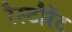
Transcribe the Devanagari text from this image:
रैस्टौरेंट